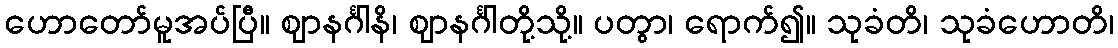
ဟောတော်မူအပ်ပြီ။ ဈာနင်္ဂါနိ၊ ဈာနင်္ဂါတို့သို့။ ပတွာ၊ ရောက်၍။ သုခံတိ၊ သုခံဟောတိ၊